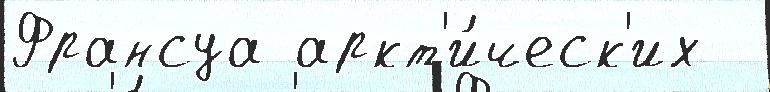
Франсуа аркт'и́ческ'их